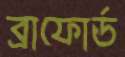
ব্রাফোর্ড